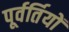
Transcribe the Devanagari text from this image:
पूर्वर्तियों